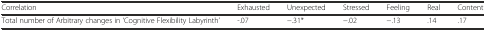
| Correlation | Exhausted | Unexpected | Stressed | Feeling | Real | Content |
 | --- | --- | --- | --- | --- | --- | --- |
 | Total number of Arbitrary changes in ‘Cognitive Flexibility Labyrinth’ | -.07 | −.31* | −.02 | −.13 | .14 | .17 |